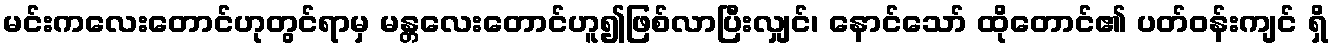
မင်းကလေးတောင်ဟုတွင်ရာမှ မန္တလေးတောင်ဟူ၍ဖြစ်လာပြီးလျှင်၊ နောင်သော် ထိုတောင်၏ ပတ်ဝန်းကျင် ရှိ